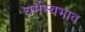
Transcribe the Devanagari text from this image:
धर्मस्वभाव